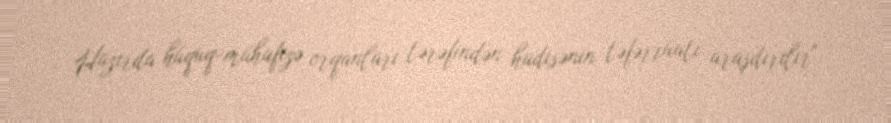
Hazırda hüquq-mühafizə orqanları tərəfindən hadisənin təfərrüatı araşdırılır",